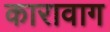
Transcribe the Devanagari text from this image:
कारावाग